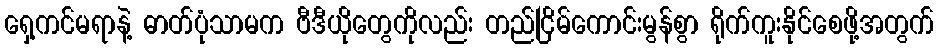
ရှေ့ကင်မရာနဲ့ ဓာတ်ပုံသာမက ဗီဒီယိုတွေကိုလည်း တည်ငြိမ်ကောင်းမွန်စွာ ရိုက်ကူးနိုင်စေဖို့အတွက်